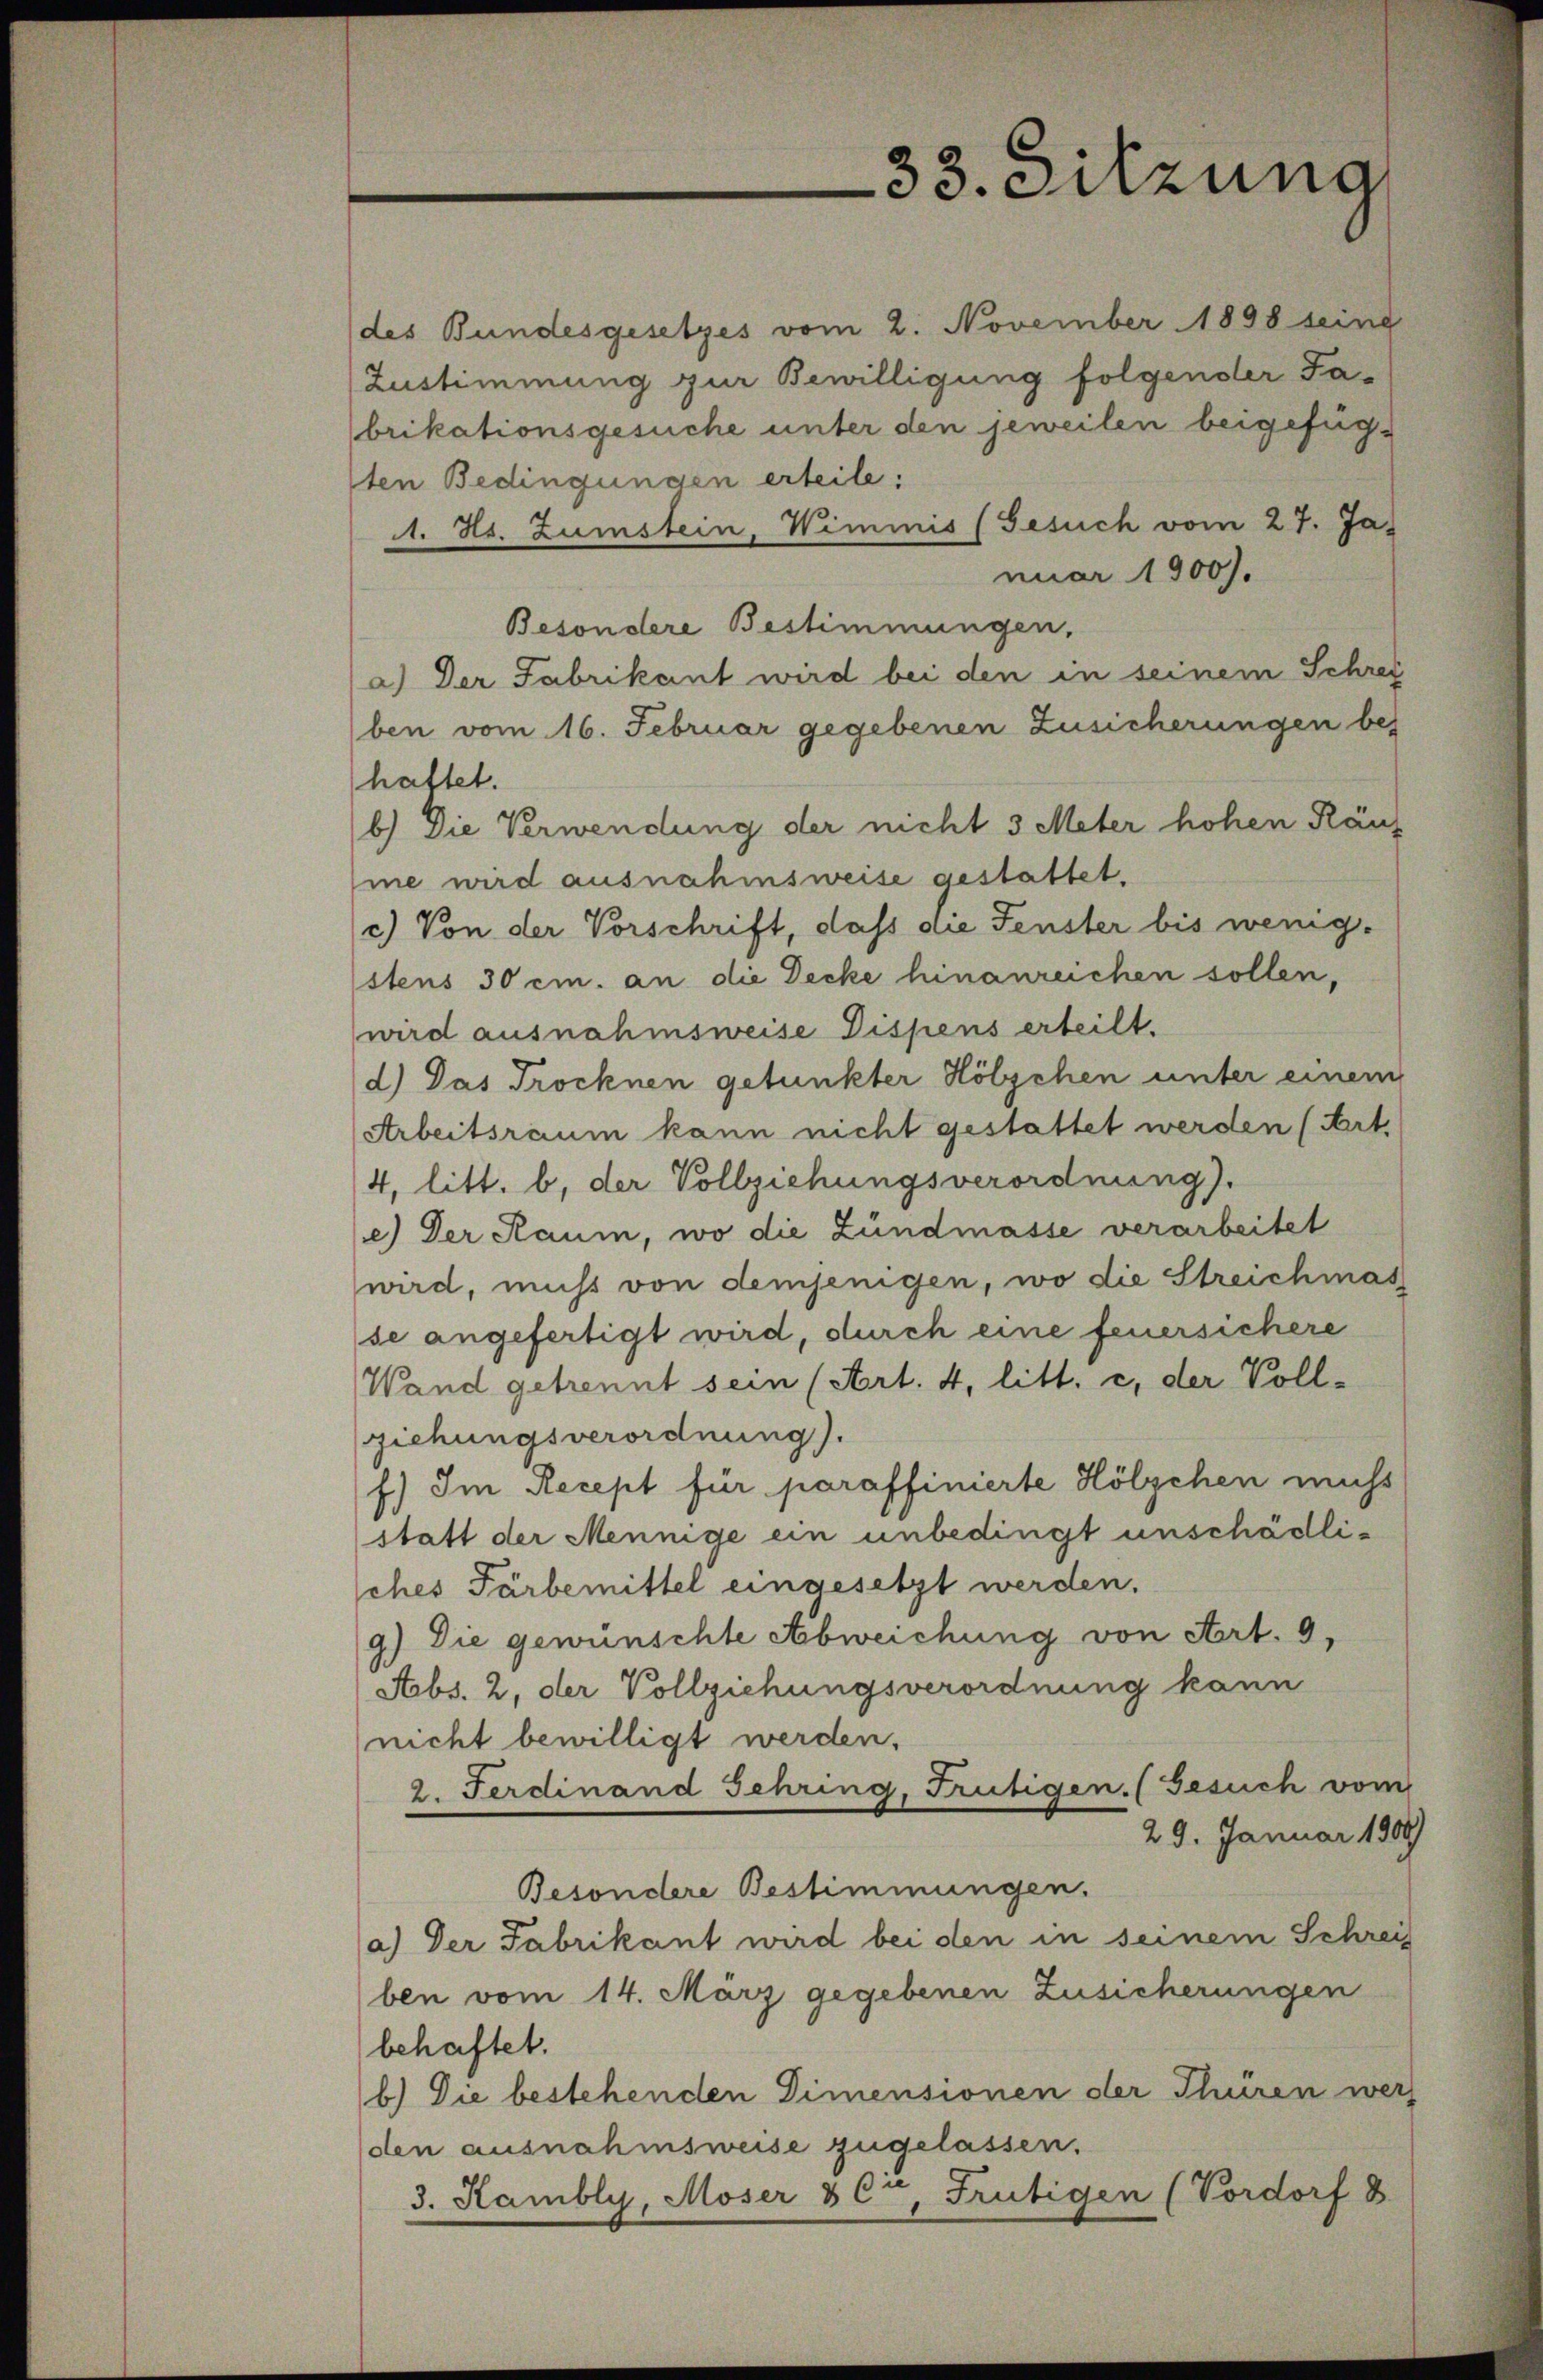
33. Sitzung

des Bundesgesetzes vom 2. November 1898 seine
Zustimmung zur Bewilligung folgender Fabrikationsgesuche unter den jeweilen beigefügten Bedingungen erteile:
A. Hs. Zumstein, Wimmis (Gesuch vom 27. Januar 1900).
Besondere Bestimmungen.
a.) Der Fabrikant wird bei den in seinem Schrei
ben vom 16. Februar gegebenen Zusicherungen bes
hattet.
b.) Die Verwendung der nicht 3 Meter hohen Käuf
me wird ausnahmsweise gestattet.
c.) Von der Vorschrift, dass die Fenster bis wenig-
stens 30 cm. an die Decke hinanreichen sollen,
wird ausnahmsweise Dispens erteilt.
d.) Das Trocknen gefunkter Hölzchen unter einem
Arbeitsraum kann nicht gestattet werden (Art.
4. litt. b, der Vollziehungsverordnung).
e) Der Raum, wo die Zundmasse verarbeitet
wird, muß von demjenigen, wo die Streichmas
se angefertigt wird, durch eine feuersichere
Wand getrennt sein (Art. 4, litt. c, der Voll-
ziehungsverordnung).
f) Im Recept für paraffinierte Hölzchen muss
statt der Mennige ein unbedingt unschädliches Färbemittel eingesetzt werden.
9.) Die gewünschte Abweichung von Art. 9,
Abs. 2, der Vollziehungsverordnung kann
nicht bewilligt werden.
2. Ferdinand Gehring, Frutigen. (Gesuch vom
29. Januar 1808
Besondere Bestimmungen.
a.) Der Fabrikant wird bei den in seinem Schrei
ben vom 14. März gegebenen Zusicherungen
behaftet.
b.) Die bestehenden Dimensionen der Thüren wer
den ausnahmsweise zugelassen.
3. Kambly, Moser & Ct, Frutigen (Vordorf 8